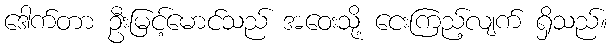
ဒေါက်တာ ဦးမြင့်မောင်သည် အဝေးသို့ ငေးကြည့်လျက် ရှိသည်။